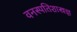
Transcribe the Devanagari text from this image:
वनस्पतिशास्त्रज्ञ